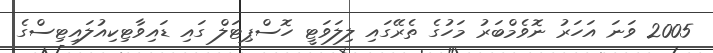
2005 ވަނަ އަހަރު ނޮވެމްބަރު މަހުގެ ތެރޭގައި ލިލަވަޓީ ހޮސްޕިޓަލް ގައި ޑައިވާޓިކިއުލައިޓިސްގެ